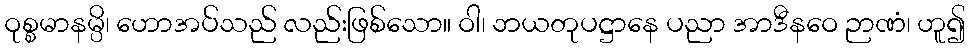
ဝုစ္စမာနမ္ပိ၊ ဟောအပ်သည် လည်းဖြစ်သော။ ဝါ၊ ဘယတုပဋ္ဌာနေ ပညာ အာဒီနဝေ ဉာဏံ၊ ဟူ၍